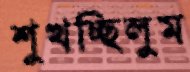
শুখচ্ছিলুম